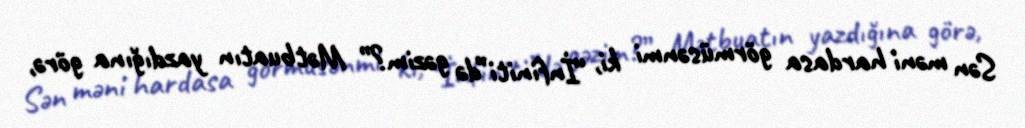
Sən məni hardasa görmüsənmi ki, “İnfiniti”də gəzim?” Mətbuatın yazdığına görə,